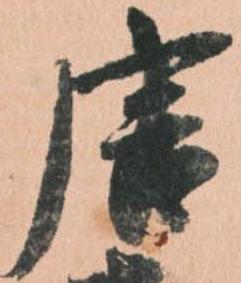
唐